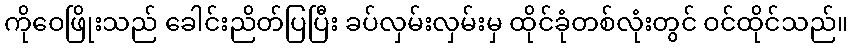
ကိုဝေဖြိုးသည် ခေါင်းညိတ်ပြပြီး ခပ်လှမ်းလှမ်းမှ ထိုင်ခုံတစ်လုံးတွင် ဝင်ထိုင်သည်။